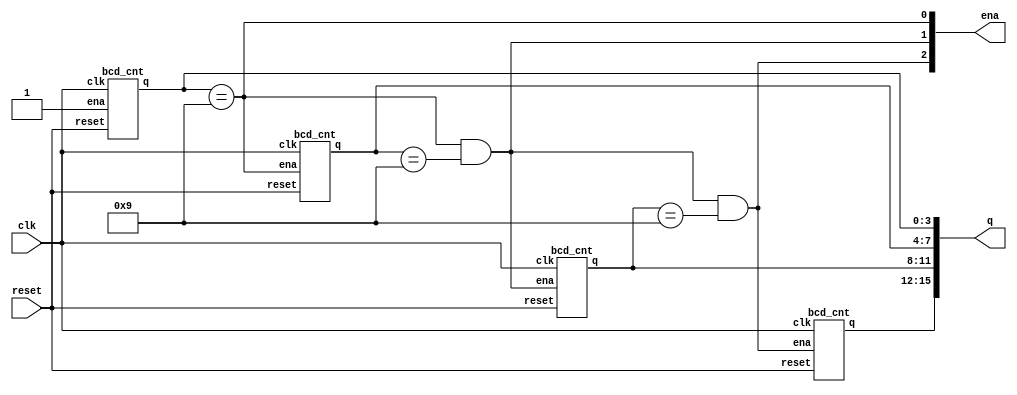
module top_module (
    input clk,
    input reset,   // Synchronous active-high reset
    output [3:1] ena,
    output [15:0] q);
    
    assign ena[1] = (q[3:0] == 4'd9);
    assign ena[2] = (ena[1] && q[7:4] == 4'd9);
    assign ena[3] = (ena[2] && q[11:8] == 4'd9);

    bcd_cnt u_bcd_cnt_1 (clk, reset, 1'b1, q[3:0]);
    bcd_cnt u_bcd_cnt_2 (clk, reset, ena[1], q[7:4]);
    bcd_cnt u_bcd_cnt_3 (clk, reset, ena[2], q[11:8]);
    bcd_cnt u_bcd_cnt_4 (clk, reset, ena[3], q[15:12]);

endmodule

module bcd_cnt (
    input clk,
    input reset,        // Synchronous active-high reset
    input ena,
    output [3:0] q);

    reg [3:0] acc;
    initial acc = 0;
    assign q = acc;
    
    always @(posedge clk) begin
        if(reset)
            acc <= 4'd0;
        else begin
            if(ena)
                if (acc == 4'd9)
                    acc <= 4'd0;
                else
                    acc <= acc + 1'd1;
        end
    end
    
endmodule